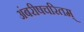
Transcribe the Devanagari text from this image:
अंबरीषचरितम्